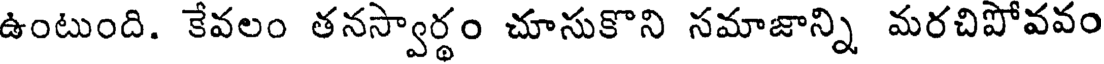
ఉంటుంది. కేవలం తనస్వార్థం చూసుకొని సమాజాన్ని మరచిపోవవం